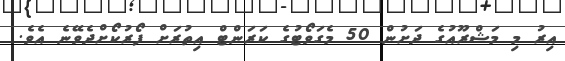
އިރު މި މަޝްރޫއުގެ ދަށުން 50 މެގަވޯޓުގެ ކަރަންޓް އިތުރަށް ފޯރުކޯށްދެވޭނެ އެވެ.